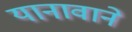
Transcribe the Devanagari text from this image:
यानावाने